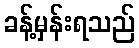
ခန့်မှန်းရသည်